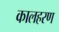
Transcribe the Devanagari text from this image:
कालहरण